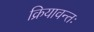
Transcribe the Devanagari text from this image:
क्रियावन्तः